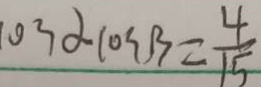
o s \alpha \cos \beta = \frac { 4 } { 1 5 }